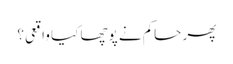
پھر حاکم نے پوچھا کیا واقعی؟